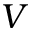
V